Report on the bubonic plague in Bombay, 1896-1897
Year: 1896
Disease focus: Plague
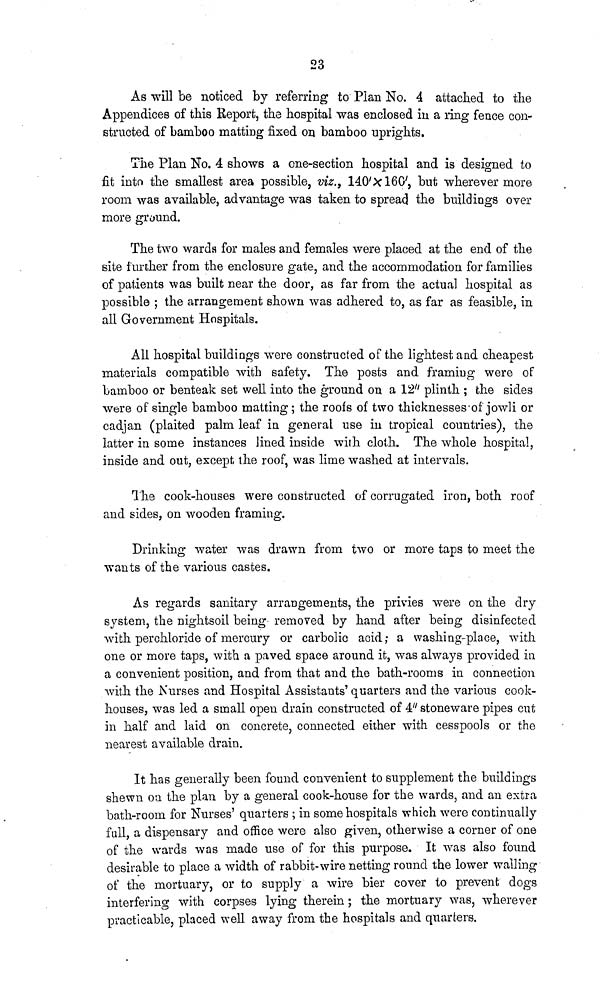
23
As will be noticed by referring to Plan No. 4 attached to the
Appendices of this Report, the hospital was enclosed in a ring fence con-
structed of bamboo matting fixed on bamboo uprights.
The Plan No. 4 shows a one-section hospital and is designed to
fit into the smallest area possible, viz., 140'X160', but wherever more
room was available, advantage was taken to spread the buildings over
more ground.
The two wards for males and females were placed at the end of the
site further from the enclosure gate, and the accommodation for families
of patients was built near the door, as far from the actual hospital as
possible ; the arrangement shown was adhered to, as far as feasible, in
all Government Hospitals.
All hospital buildings were constructed of the lightest and cheapest
materials compatible with safety. The posts and framing were of
bamboo or benteak set well into the ground on a 12" plinth ; the sides
were of single bamboo matting; the roofs of two thicknesses of jowli or
cadjan (plaited palm leaf in general use in tropical countries), the
latter in some instances lined inside with cloth. The whole hospital,
inside and out, except, the roof, was lime washed at intervals.
The cook-houses were constructed of corrugated iron, both roof
and sides, on wooden framing.
Drinking water was drawn from two or more taps to meet the
wants of the various castes.
As regards sanitary arrangements, the privies were on the dry
system, the nightsoil being removed by hand after being disinfected
with perchloride of mercury or carbolic acid; a washing-place, with
one or more taps, with a paved space around it, was always provided in
a convenient position, and from that and the bath-rooms in connection
with the Nurses and Hospital Assistants' quarters and the various cook-
houses, was led a small open drain constructed of 4" stoneware pipes cut
in half and laid on concrete, connected either with cesspools or the
nearest available drain.
It has generally been found convenient to supplement the buildings
shewn on the plan by a general cook-house for the wards, and an extra
bath-room for Nurses' quarters ; in some hospitals which were continually
fall, a dispensary and office were also given, otherwise a corner of one
of the wards was made use of for this purpose. It was also found
desirable to place a width of rabbit-wire netting round the lower walling
of the mortuary, or to supply a wire bier cover to prevent dogs
interfering with corpses lying therein ; the mortuary was, wherever
practicable, placed well away from the hospitals and quarters.